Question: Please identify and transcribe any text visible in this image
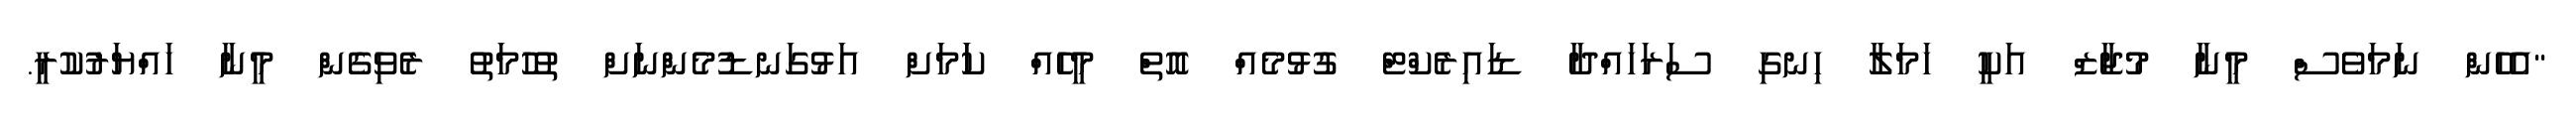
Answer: "އެހެން ނަމަވެސް މީނާ މުޖާޒް އަކީ ހަމަލާ ހިނގި ސަރަހައްދާ ޑައިރެކްޓް ގުޅުމެއް އޮތް މީހެއް ކަަމަށް އަޅުގަނޑުމެންނަށް ތުހުމަތު ރެވިގެން މީނާ ހައްޔަރުކުރީ.